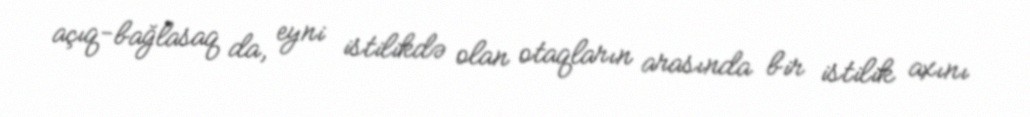
açıq-bağlasaq da, eyni istilikdə olan otaqların arasında bir istilik axını